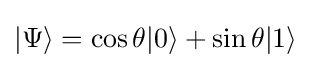
|\Psi \rangle =\cos \theta |0\rangle +\sin \theta |1\rangle